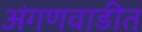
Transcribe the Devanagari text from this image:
अंगणवाडीत